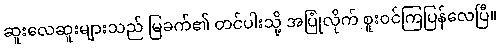
ဆူးလေဆူးများသည် မြခက်၏ တင်ပါးသို့ အပြုံလိုက် စူးဝင်ကြပြန်လေပြီ။